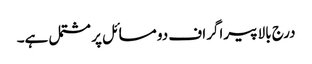
درج بالا پیراگراف دو مسائل پر مشتمل ہے۔